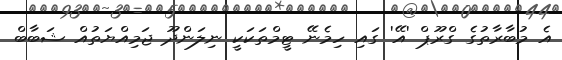
އެ މުބާރާތުގެ ގްރޫޕް 'އޭ' ގައި ހިމެނޭ ޓީމްތަކަކީ ނިލަންދޫ ޖަމިއްޔަތުއް ޝަބާބް